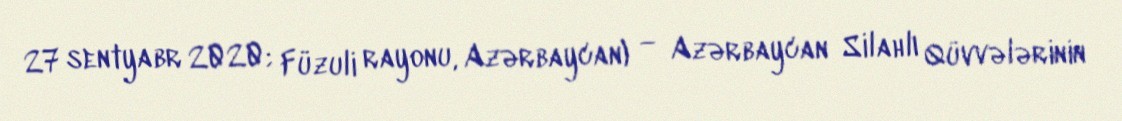
27 sentyabr 2020; Füzuli rayonu, Azərbaycan) — Azərbaycan Silahlı Qüvvələrinin